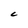
Character: c